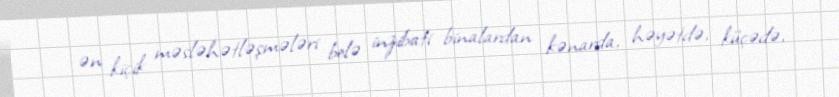
ən kiçik məsləhətləşmələri belə inzibati binalardan kənarda, həyətdə, küçədə,